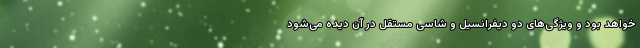
خواهد بود و ویژگی‌های دو دیفرانسیل و شاسی مستقل در آن دیده می‌شود